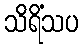
သိရိံသပ